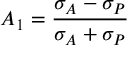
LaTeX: A _ { 1 } = { \frac { \sigma _ { A } - \sigma _ { P } } { \sigma _ { A } + \sigma _ { P } } }